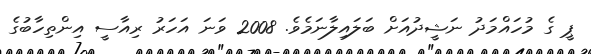
ޕީ ގެ މުހައްމަދު ނަޝީދުއަށް ބަލައިލާނަމެވެ. 2008 ވަނަ އަހަރު ރިއާސީ އިންތިހާބުގެ